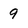
Character: 9